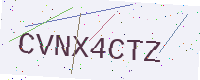
Text: CVNX4CTZ